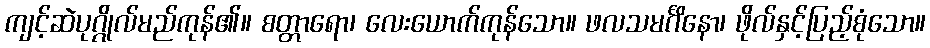
ကျင့်ဆဲပုဂ္ဂိုလ်မည်ကုန်၏။ စတ္တာရော၊ လေးယောက်ကုန်သော။ ဖလသမင်္ဂိနော၊ ဖိုလ်နှင့်ပြည့်စုံသော။